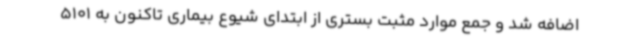
اضافه شد و جمع موارد مثبت بستری از ابتدای شیوع بیماری تاکنون به 5101